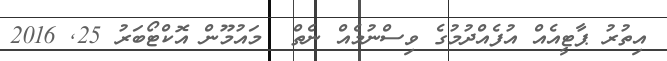
އިތުރު ޕާޓީއެއް އުފެއްދުމުގެ ވިސްނުމެއް ނެތް  މައުމޫން އޮކްޓޯބަރު 25